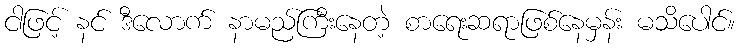
ငါဖြင့် နင် ဒီလောက် နာမည်ကြီးနေတဲ့ စာရေးဆရာဖြစ်နေမှန်း မသိပေါင်။